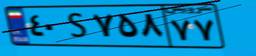
۵۷S۲۰۰۰۶